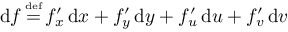
\operatorname { d } \! f \, { \overset { \underset { \mathrm { d e f } } { } } { = } } \, f _ { x } ^ { \prime } \operatorname { d } \! x + f _ { y } ^ { \prime } \operatorname { d } \! y + f _ { u } ^ { \prime } \operatorname { d } \! u + f _ { v } ^ { \prime } \operatorname { d } \! v